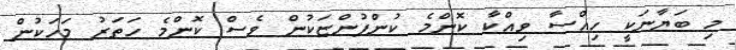
މި ބަޔާނަކީ ހިއްސާ ވިއްކާ ކޮންމެ ކުންފުންޏަކުން ވެސް ކޮންމެ ހަތަރު މަހަކުން